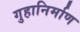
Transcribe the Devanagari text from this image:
गुहानिर्माण